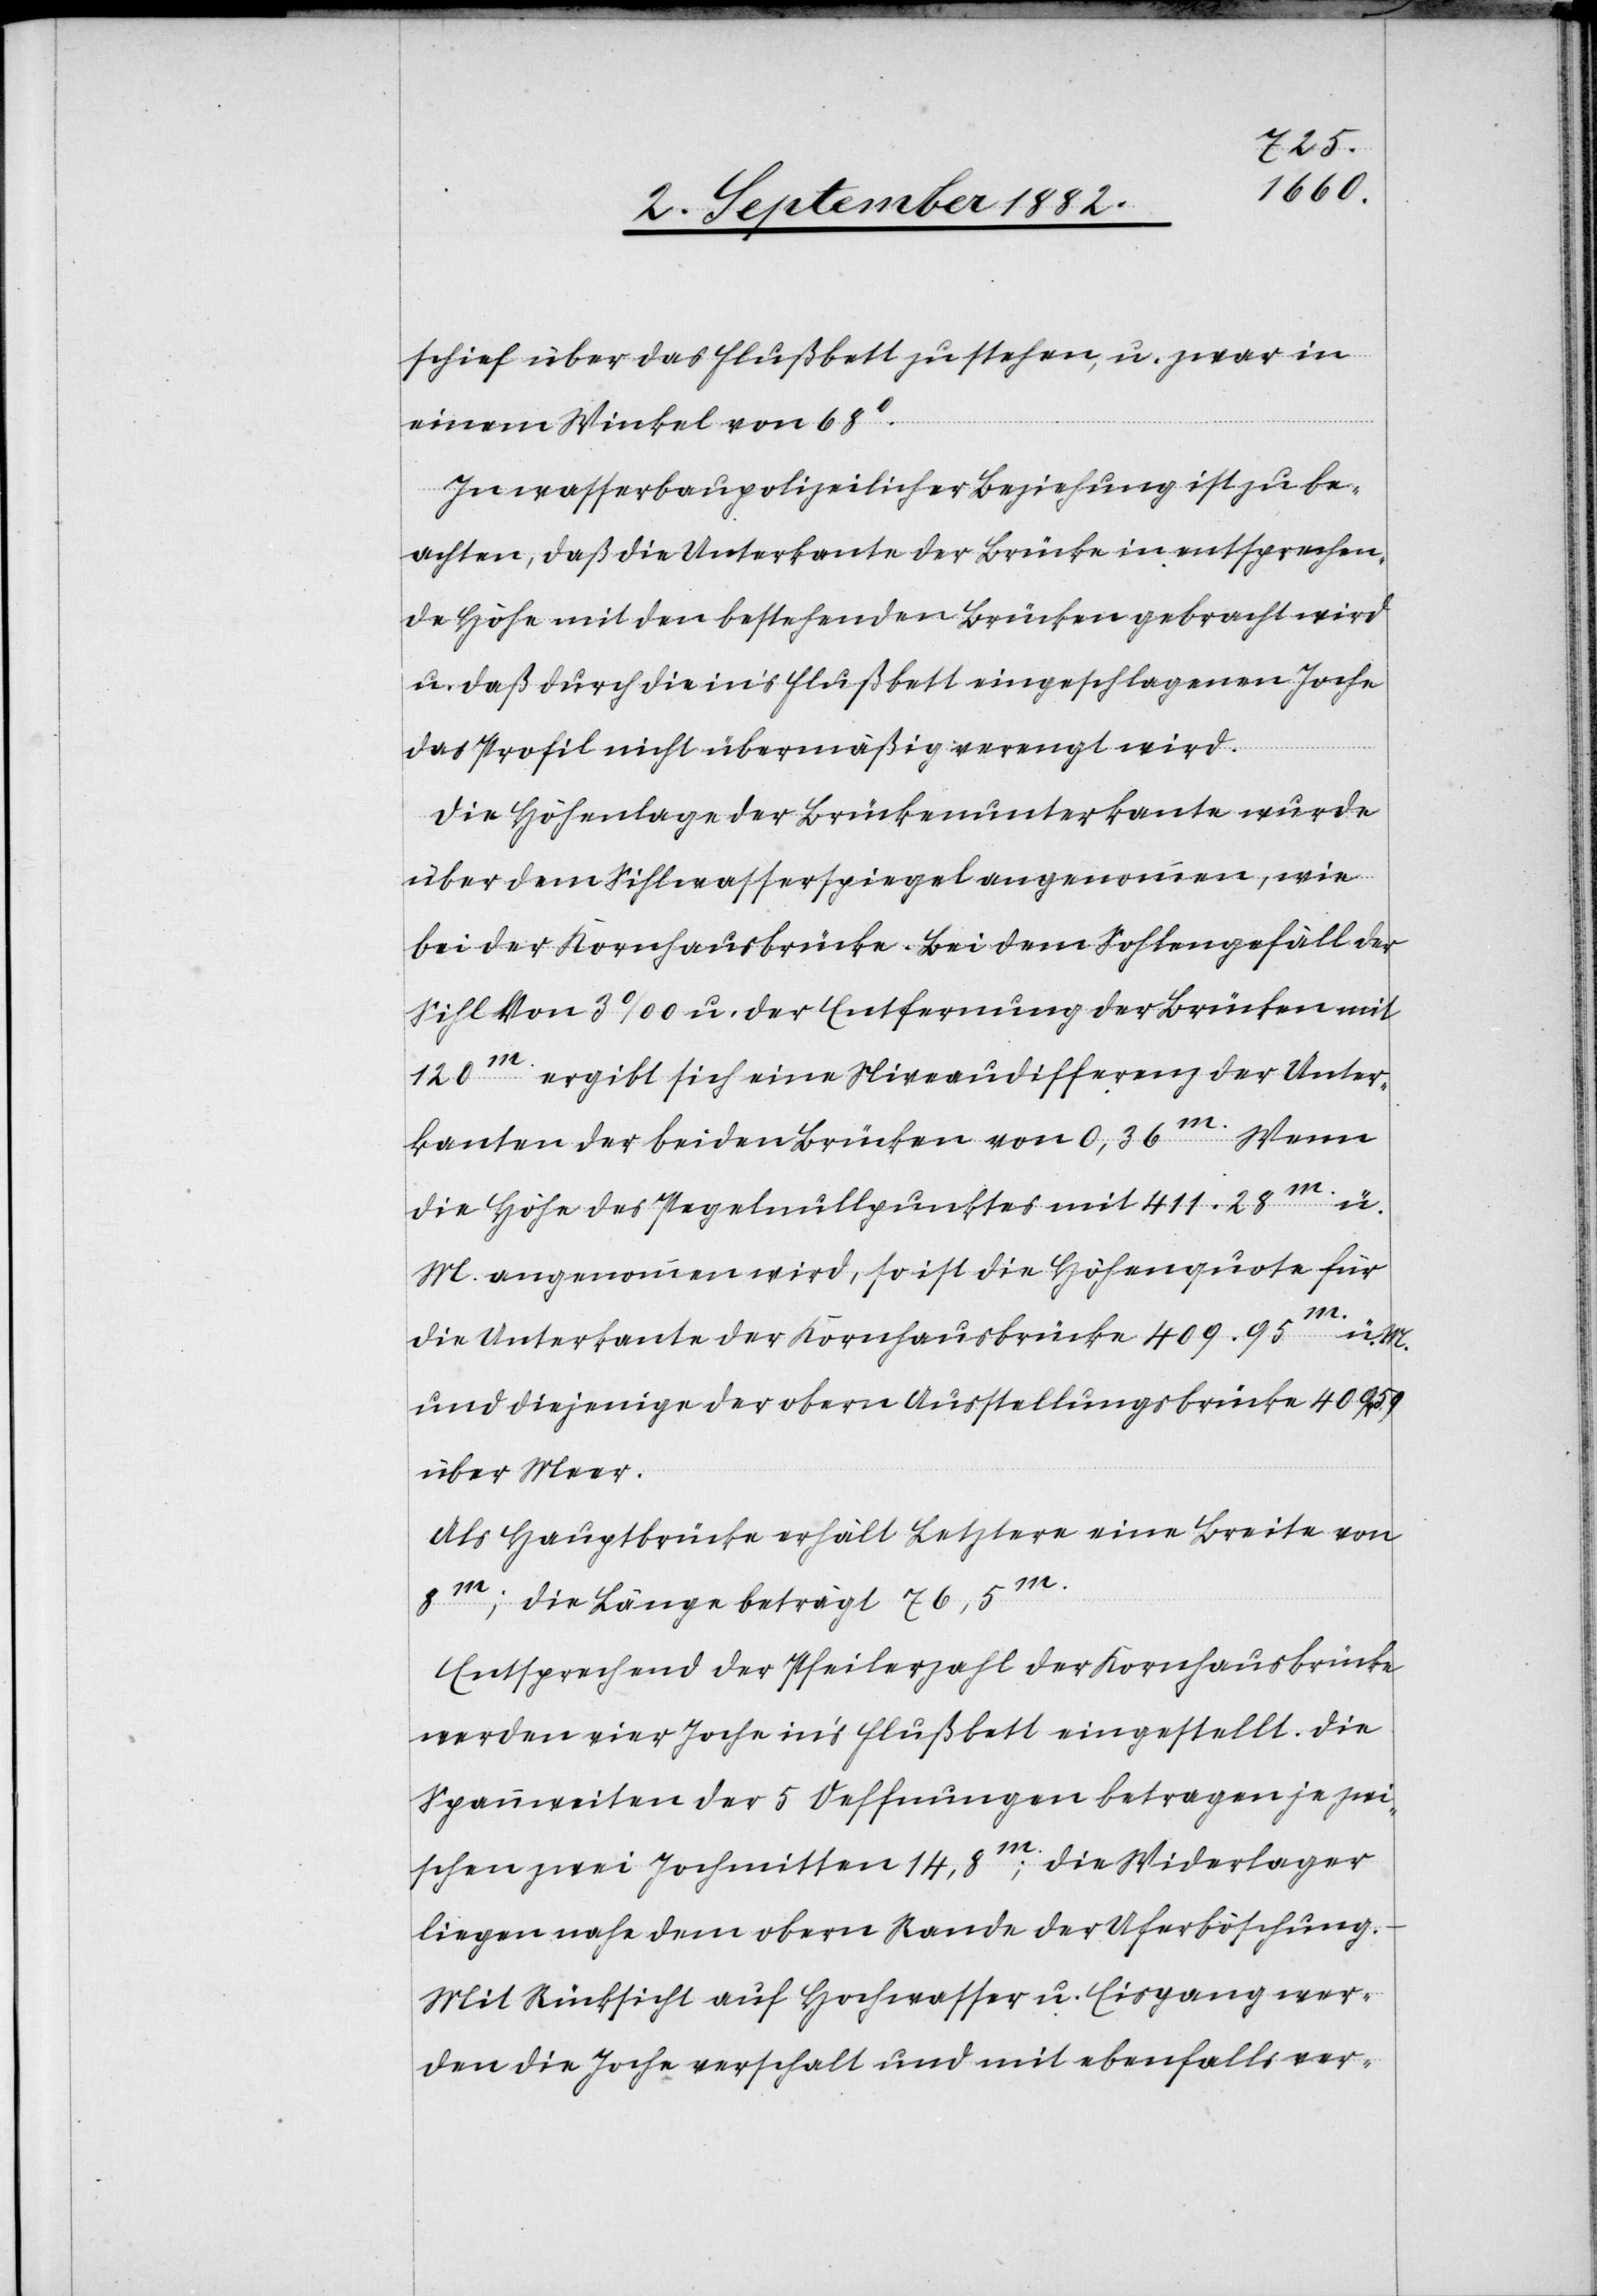
schief über das Flußbett zu stehen u. zwar in
einem Winkel von 68 .
In wasserbaupolizeilicher Beziehung ist zu be¬
achten, daß die Unterkante der Brücke in entsprechen¬
de Höhe mit den bestehenden Brücken gebracht wird
u. daß durch die in’s Flußbett eingeschlagenen Joche
das Profil nicht übermäßig verengt wird.
Die Höhenlage der Brückenunterkante wurde
über dem Sihlwasserspiegel angenommen, wie
bei der Kornhausbrücke. Bei dem Sohlengefäll der
Sihl von 3‰ u. der Entfernung der Brücken mit
120m. ergibt sich eine Niveaudifferenz der Unter¬
kanten der beiden Brücken von 0,36m. Wenn
die Höhe des Pegelnullpunktes mit 411,28m ü.
M. angenommen wurd, so ist die Höhenquote für
die Unterkante der Kornhausbrücke 409.95m. ü.
und diejenige der obern Ausstellungsbrücke 409.59
über Meer.
Als Hauptbrücke erhält Letztere eine Breite von
8m; die Länge beträgt 76,5m.
Entsprechend der Pfeilerzahl der Kornhausbrücke
werden vier Joche in’s Flußbett eingestellt. Die
Spannweiten der 5 Oeffnungen betragen je zw¬
ischen zwei Jochmitten 14,8m; die Widerlager
liegen nahe dem obern Rande der Oberböschung.
Mit Rücksicht auf Hochwasser u. Eisgang wer¬
den die Joche verschalt und mit ebenfalls ver-